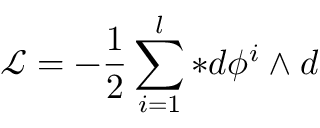
\mathcal { L = } - \frac { 1 } { 2 } \sum _ { i = 1 } ^ { l } \ast d \phi ^ { i } \wedge d